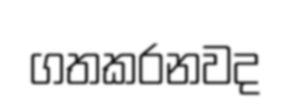
ගතකරනවද